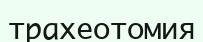
трахеотомия